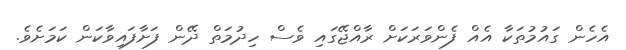
އެހެން ގައުމުތަކާ އެއް ފެންވަރަކަށް ރާއްޖޭގައި ވެސް ހިދުމަތް ދޭން ފަށާފައިވާކަން ކަމަށެވެ.